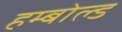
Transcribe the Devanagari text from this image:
हम्बोल्ड